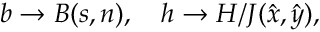
b \rightarrow B ( s , n ) , \quad h \rightarrow H / J ( \hat { x } , \hat { y } ) ,